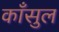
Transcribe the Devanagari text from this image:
काँसुल